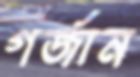
গর্জান